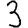
Digit: 3